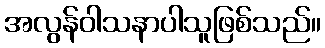
အလွန်ဝါသနာပါသူဖြစ်သည်။